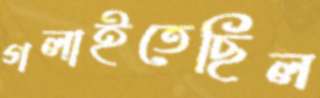
গলাইতেছিল